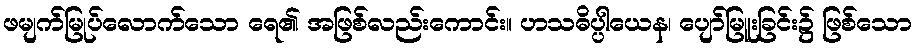
ဖမျက်မြုပ်လောက်သော ရေ၏ အဖြစ်လည်းကောင်း။ ဟသဓိပ္ပါယေန၊ ပျော်မြူးခြင်း၌ ဖြစ်သော